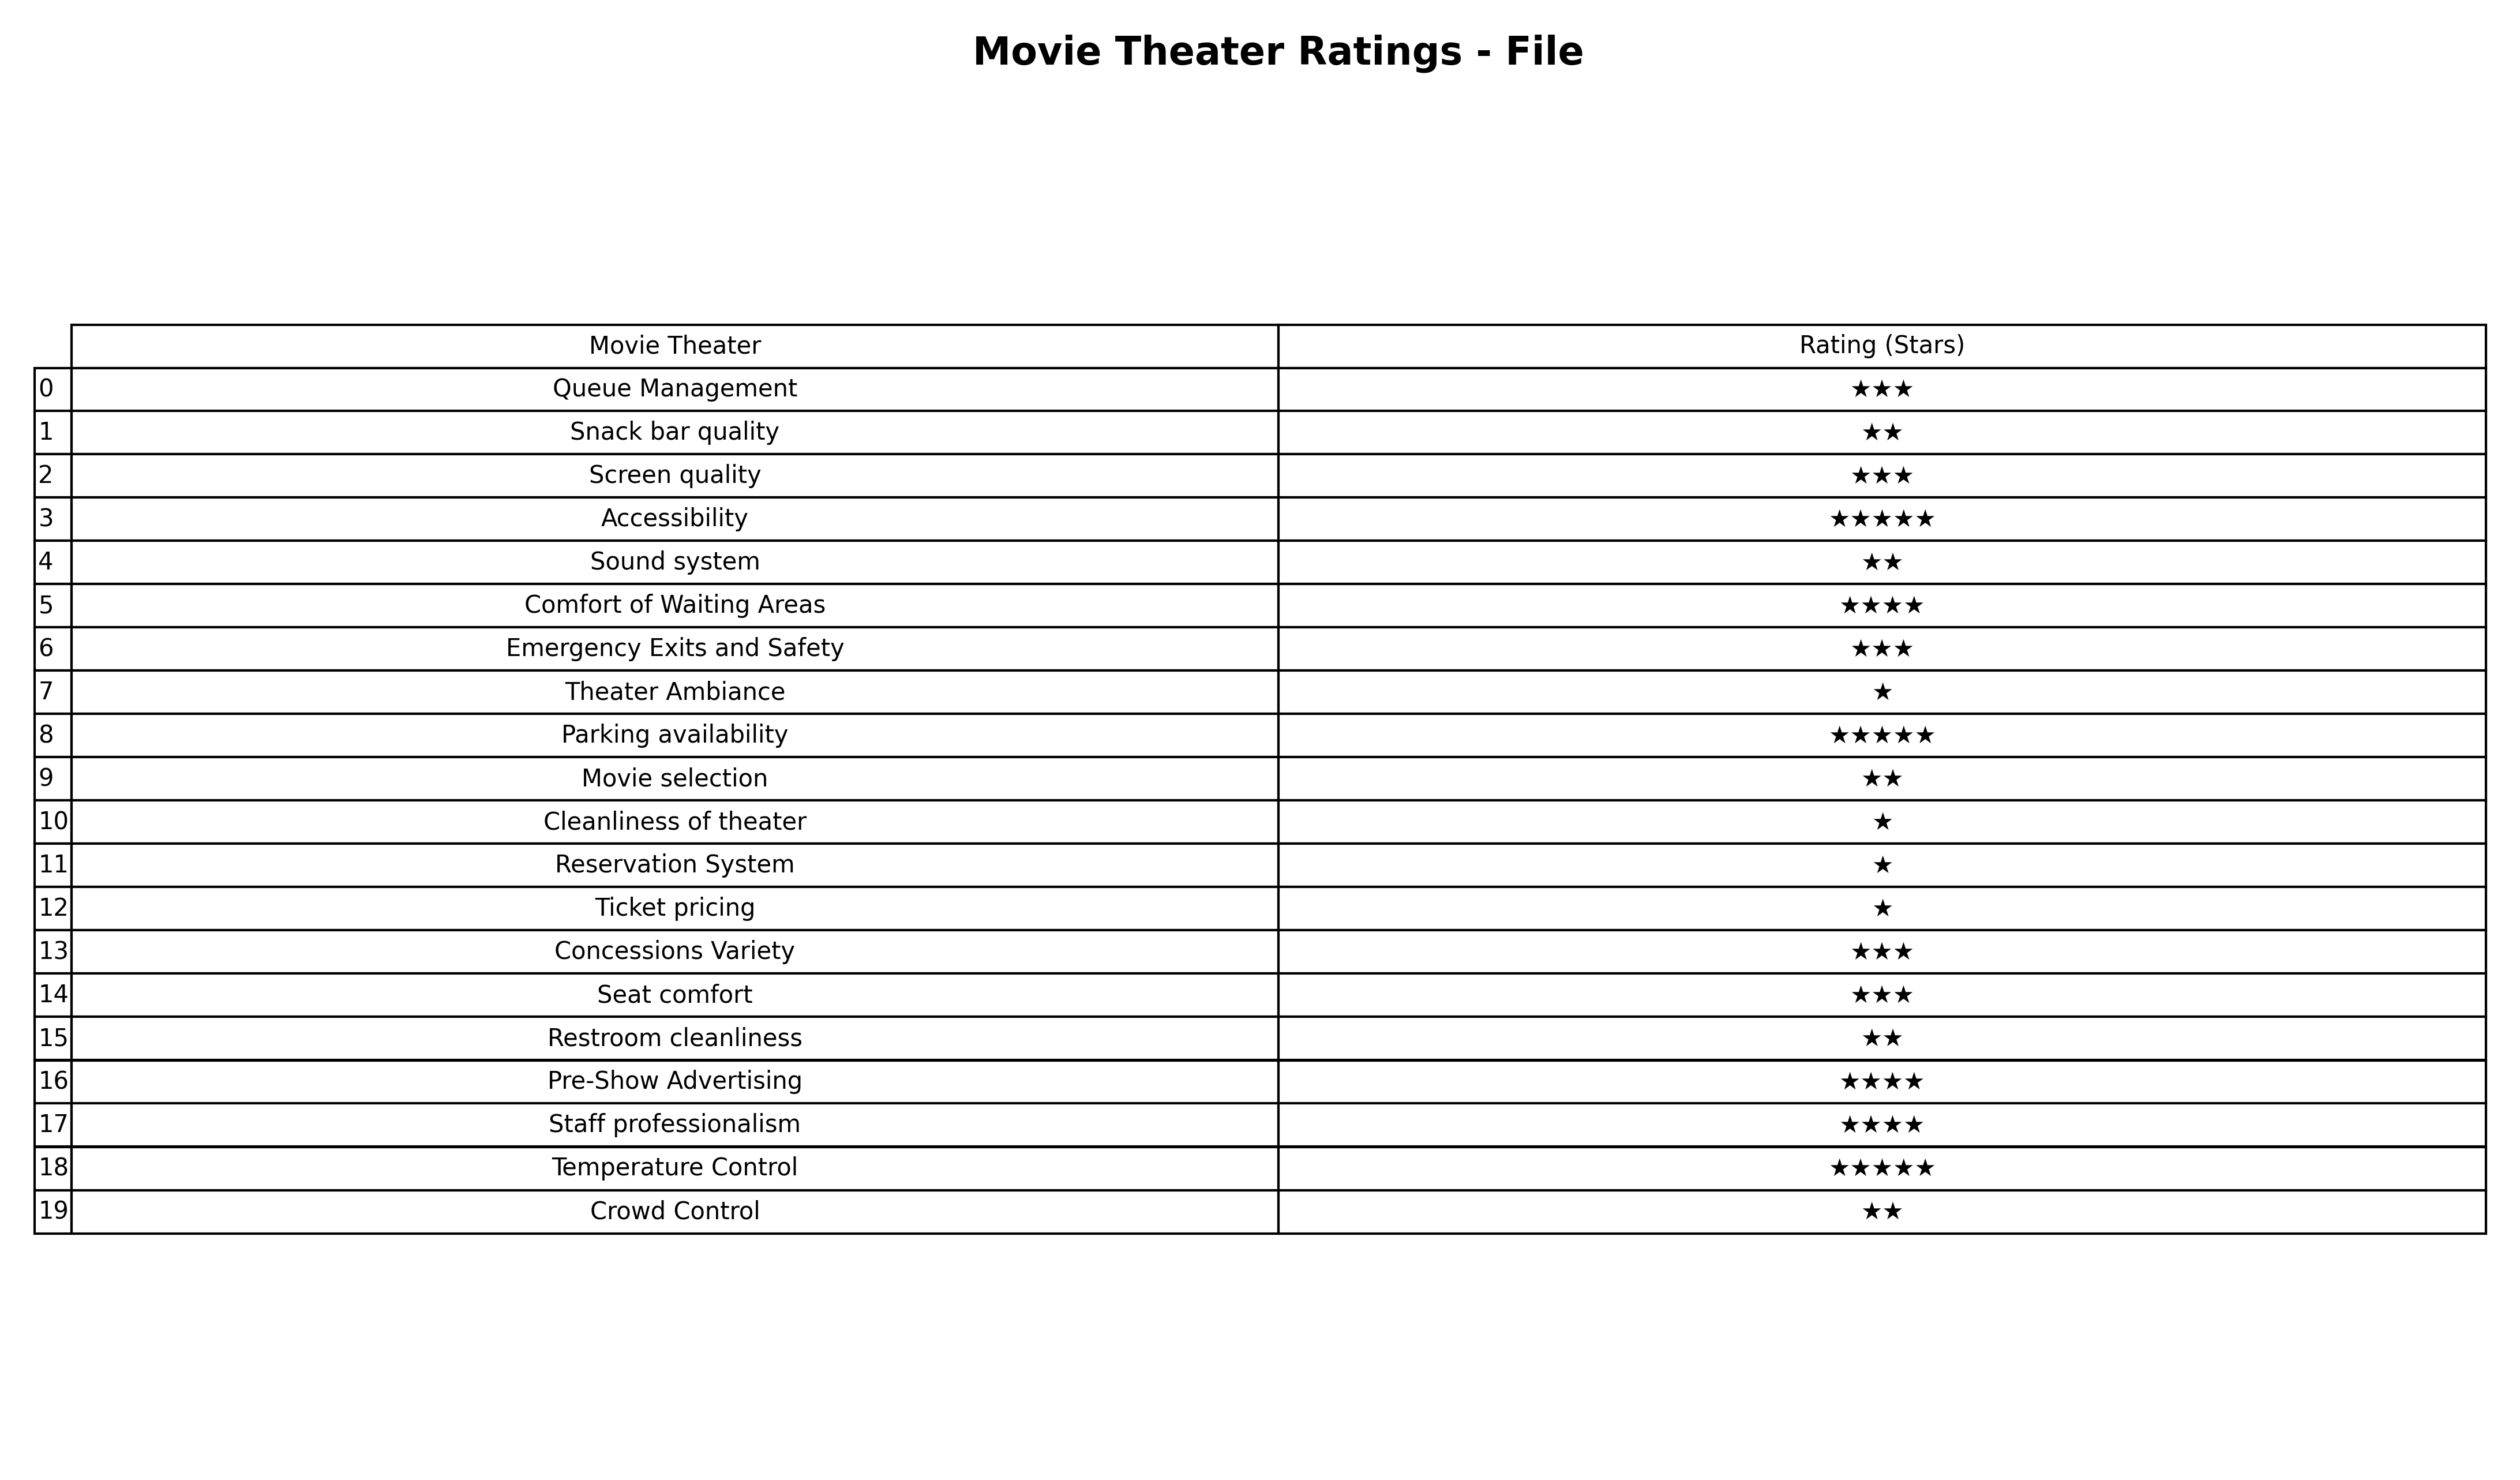
question: What are one star services?
answer: Theater AmbianceCleanliness of theaterReservation SystemTicket pricing